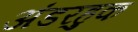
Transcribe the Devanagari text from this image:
अंडरहुक